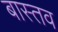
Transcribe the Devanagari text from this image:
बास्तव